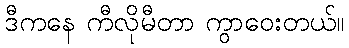
ဒီကနေ ကီလိုမီတာ ကွာဝေးတယ်။